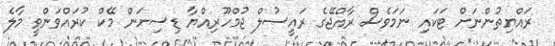
ރައްޔިތުންނަށް ޓަކައި ނަމަވެސް ރާއްޖޭގެ ރައީސުލް ޖުމްހޫރިއްޔާ ޑިސިށަން މޭކް ކުރައްވަންވީ މާލެ